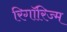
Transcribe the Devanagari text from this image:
रिगॉरिज्म